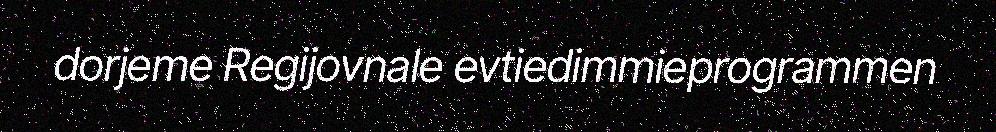
dorjeme Regijovnale evtiedimmieprogrammen